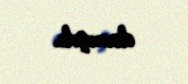
danışıb.